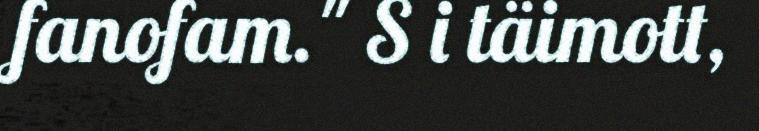
fanofam." S i täimott,